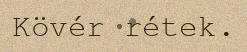
Kövér rétek.